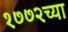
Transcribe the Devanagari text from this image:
१७७२च्या